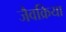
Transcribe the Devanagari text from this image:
जैवक्रिया